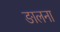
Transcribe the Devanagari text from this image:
ङालना